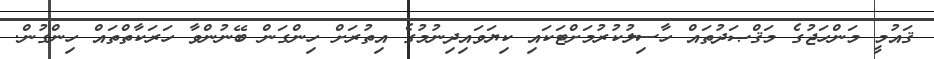
ޤައުމީ މަންހަޖުގެ މަޤްޞަދުތައް ހާސިލުކުރުމަށްޓަކައި ކިޔަވައިދިނުމުގެ އިތުރަށް ހިންގަން ބޭނުންވާ ހަރަކާތްތައް ހިންގުން.